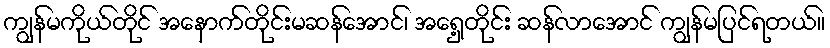
ကျွန်မကိုယ်တိုင် အနောက်တိုင်းမဆန်အောင်၊ အရှေ့တိုင်း ဆန်လာအောင် ကျွန်မပြင်ရတယ်။